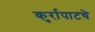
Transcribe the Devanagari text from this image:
कुर्रापाटचे